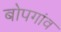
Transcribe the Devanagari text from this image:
बोपगांव